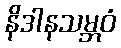
နိဒါနသမ္ဘဝံ